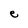
Character: e